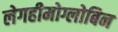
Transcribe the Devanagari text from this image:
लेगहीमोग्लोबिन